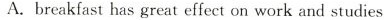
A. breakfast has great effect on work and studies